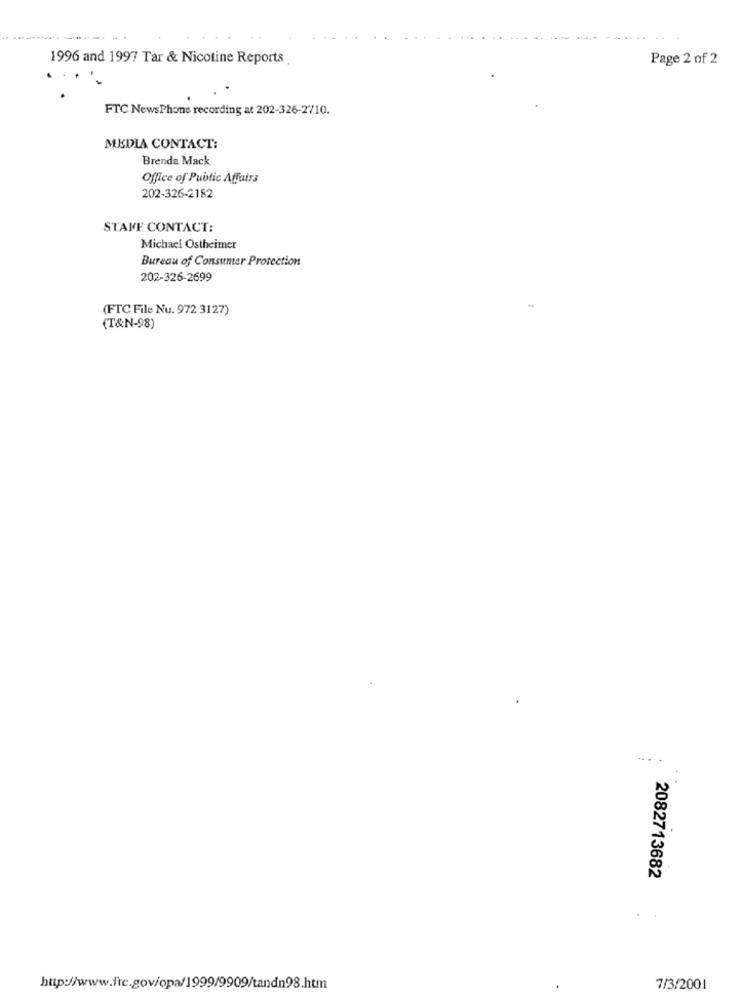
1996 and 1997 Tar & Nicotine Reports
Page 2 of 2
FTC NewsPhone recording at 202-326-2710.
MEDIA CONTACT:
Brenda Mack
Office of Public Affairs
202-326-2182
STAFF CONTACT:
Michael Ostheimer
Bureau of Consumer Protection
202-326-2699
(FTC File Nu. 972 3127)
(T&N-98)
2082713682
http://www.fte.gov/opa/1999/9909/tandn98.htm
7/3/2001